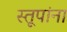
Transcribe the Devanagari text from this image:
स्तूपांना